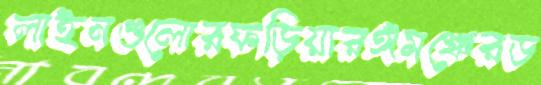
লাইনগুলোরফড়িয়ারঙ্গমঞ্চেরড